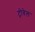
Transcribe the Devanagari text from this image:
ट्रोवेल